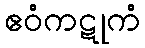
ဧဝံကဋုကံ